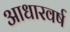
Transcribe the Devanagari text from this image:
आधारवर्ष